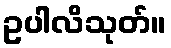
ဥပါလိသုတ်။